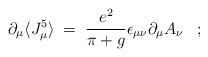
LaTeX: \begin{align*}\partial_\mu \langle J_\mu^5 \rangle \;=\; \frac{e^2}{\pi+g} \epsilon_{\mu\nu} \partial_{\mu} A_{\nu} \;\;\;;\end{align*}